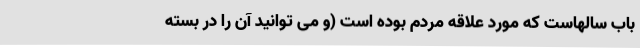
باب سالهاست که مورد علاقه مردم بوده است (و می توانید آن را در بسته